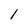
Character: 1